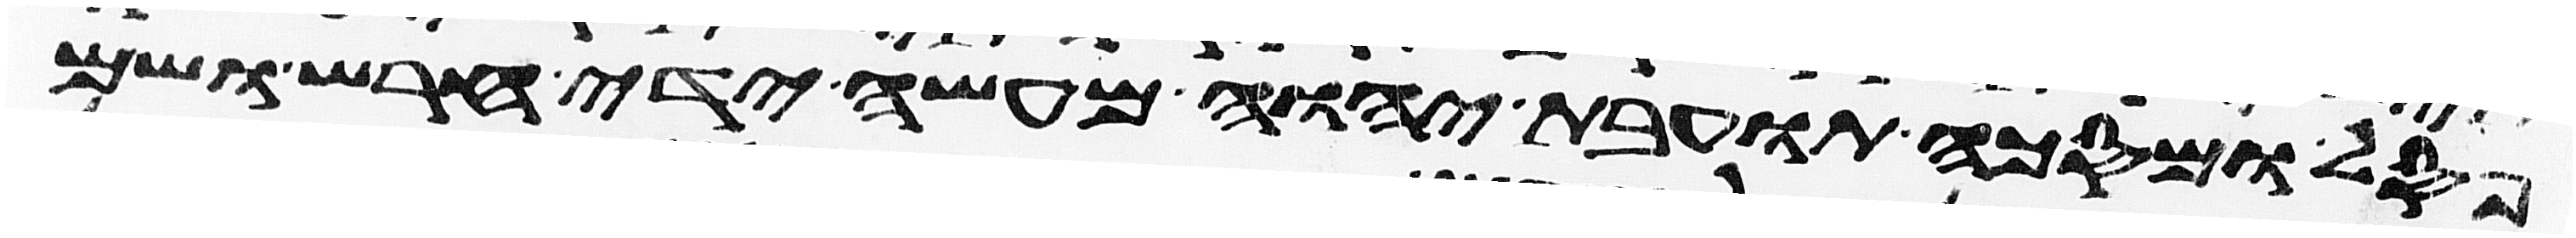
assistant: פסל ומסכה תועבת יהוה מעשה ידי חרש ושם